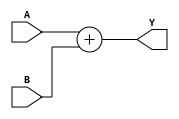
`timescale 1ns / 1ps
//////////////////////////////////////////////////////////////////////////////////
// Company: 
// Engineer: 
// 
// Design Name: 
// Module Name: adder
// Project Name: 
// Target Devices: 
// Tool Versions: 
// Description: 
// 
// Dependencies: 
// 
// Revision:
// Revision 0.01 - File Created
// Additional Comments:
// 
//////////////////////////////////////////////////////////////////////////////////




module adder (A,B,Y);
input [31:0] A,B;
output [31:0] Y;
assign Y = A+B;
endmodule